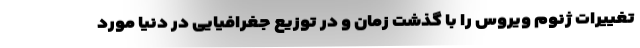
تغییرات ژنوم ویروس را با گذشت زمان و در توزیع جغرافیایی در دنیا مورد